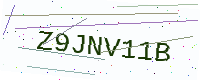
Text: Z9JNV11B